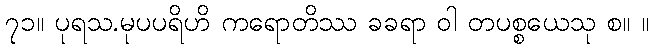
၇၁။ ပုရသ.မုပပရိဟိ ကရောတိဿ ခခရာ ဝါ တပစ္စယေသု စ။ ။